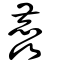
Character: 麤